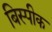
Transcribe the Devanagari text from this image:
बिस्पीक